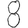
Digit: 8